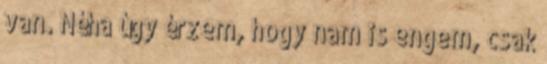
van. Néha úgy érzem, hogy nam is engem, csak